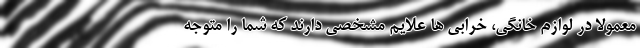
معمولا در لوازم خانگی، خرابی ها علایم مشخصی دارند که شما را متوجه